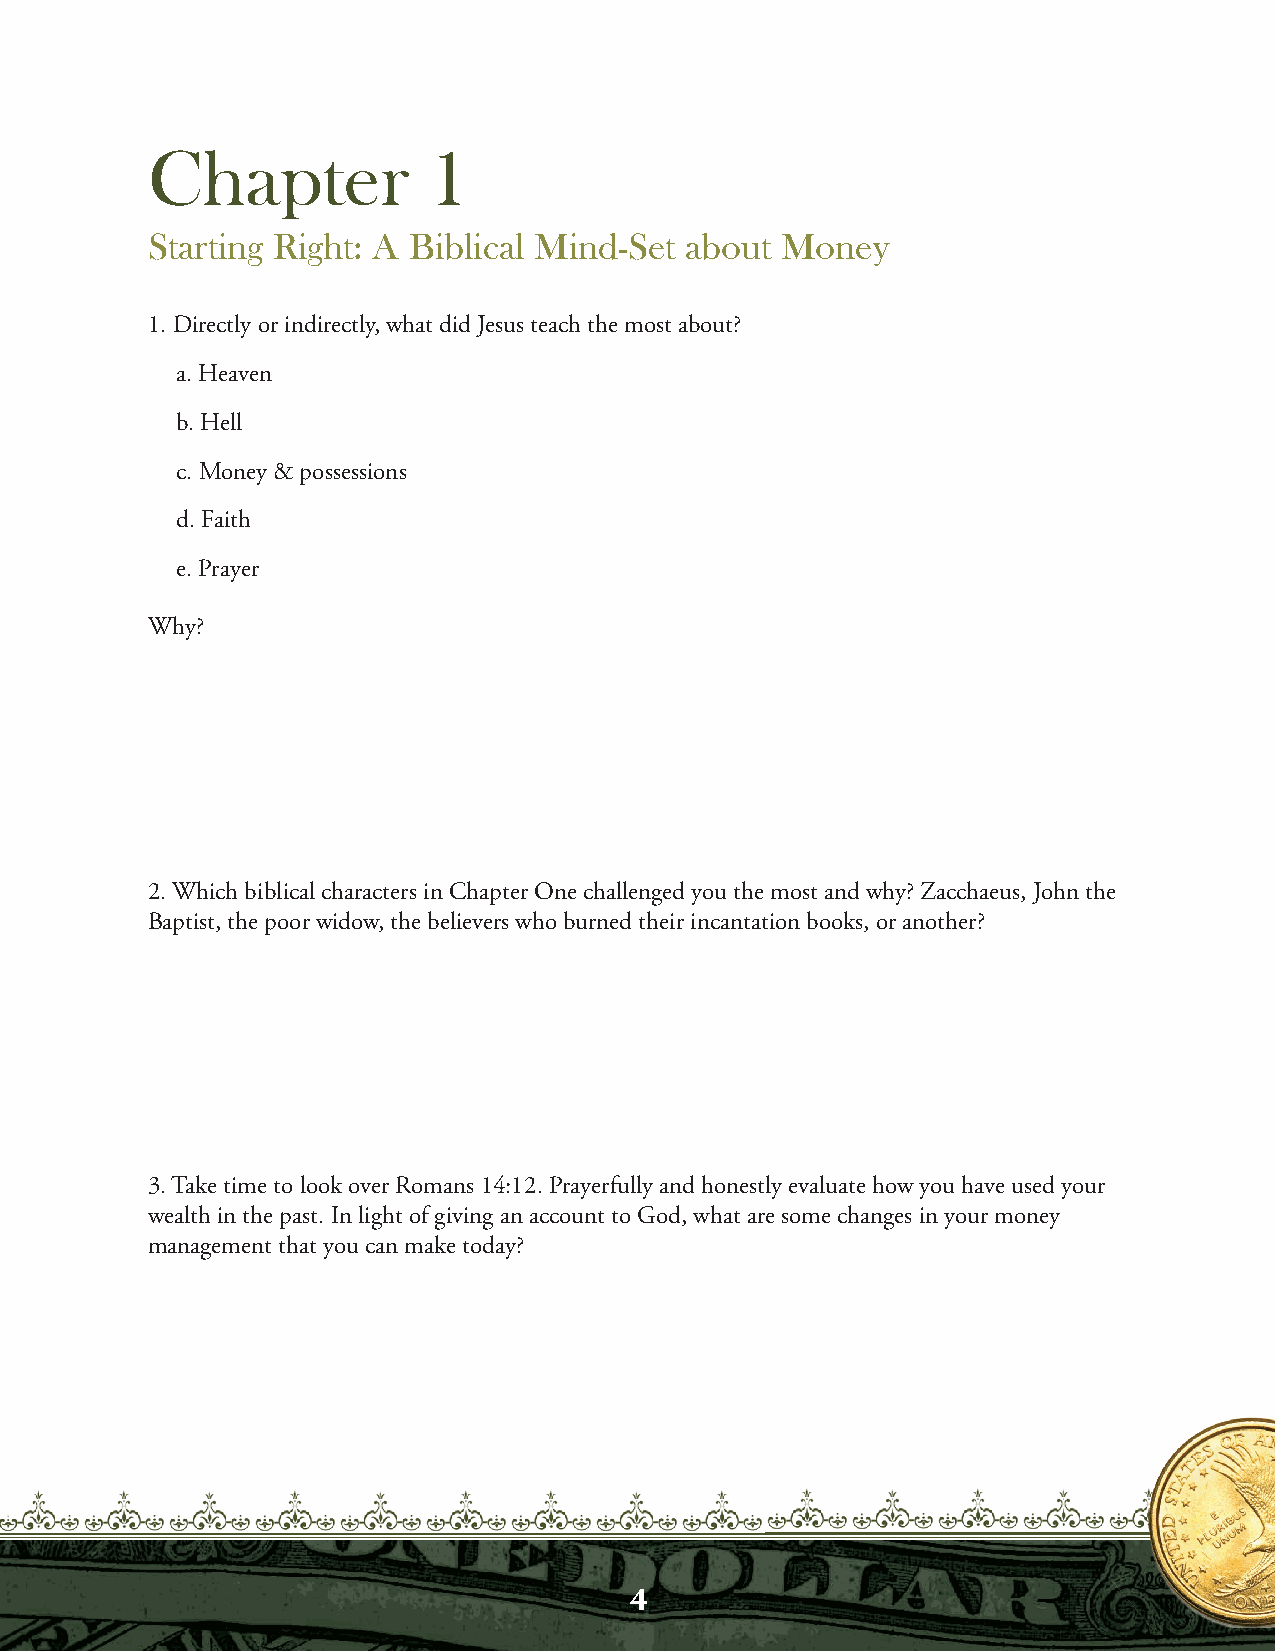
Chapter           1
 Starting Right: A Biblical Mind-Set about Money
 1. Directly or indirectly, what did Jesus teach the most about?
 a. Heaven
 b. Hell
 c. Money & possessions
 d. Faith
 e. Prayer
 Why?
 2. Which biblical characters in Chapter One challenged you the most and why? Zacchaeus, John the
 Baptist, the poor widow, the believers who burned their incantation books, or another?
 3. Take time to look over Romans 14:12. Prayerfully and honestly evaluate how you have used your
 wealth in the past. In light of giving an account to God, what are some changes in your money
 management that you can make today?
 4